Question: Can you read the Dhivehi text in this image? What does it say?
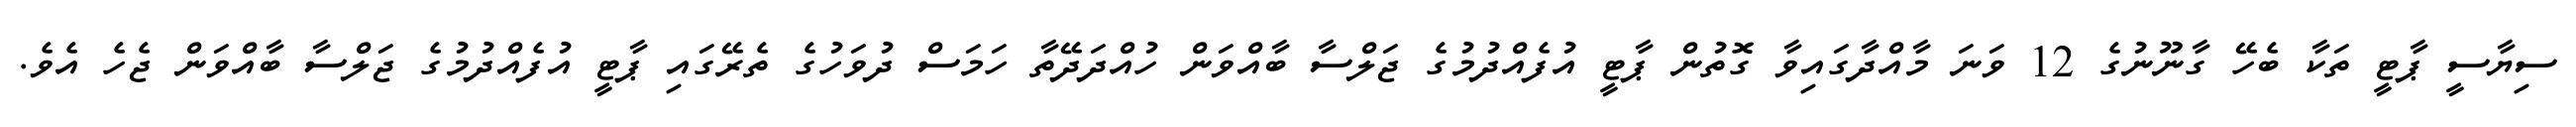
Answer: ސިޔާސީ ޕާޓީ ތަކާ ބެހޭ ގާނޫނުގެ 12 ވަނަ މާއްދާގައިވާ ގޮތުން ޕާޓީ އުފެއްދުމުގެ ޖަލްސާ ބާއްވަން ހުއްދަދޭތާ ހަމަސް ދުވަހުގެ ތެރޭގައި ޕާޓީ އުފެއްދުމުގެ ޖަލްސާ ބާއްވަން ޖެހެ އެވެ.